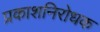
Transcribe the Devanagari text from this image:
प्रकाशनिरोधक